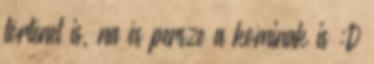
történet is, na és persze a kominak is :D